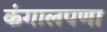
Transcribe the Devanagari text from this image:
कंगालपणा